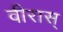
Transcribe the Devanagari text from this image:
वीरास्